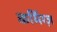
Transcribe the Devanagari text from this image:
कर्मिग्ज़